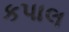
કપાલ